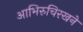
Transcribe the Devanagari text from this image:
आभिरुचिरखने